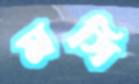
মসি